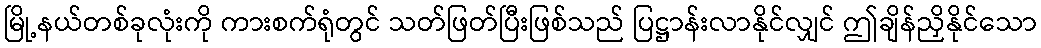
မြို့နယ်တစ်ခုလုံးကို ကားစက်ရုံတွင် သတ်ဖြတ်ပြီးဖြစ်သည် ပြဋ္ဌာန်းလာနိုင်လျှင် ဤချိန်ညှိနိုင်သော